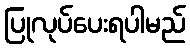
ပြုလုပ်ပေးရပါမည်